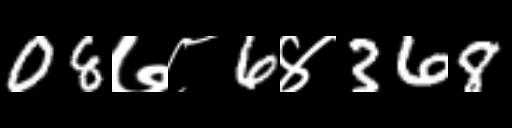
Text: 08७८6४368